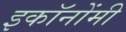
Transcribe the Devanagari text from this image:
इकॉनोंमी